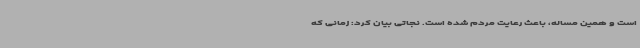
است و همین مساله، باعث رعایت مردم شده است. نجاتی بیان کرد: زمانی که